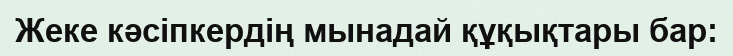
Жеке кәсіпкердің мынадай құқықтары бар: